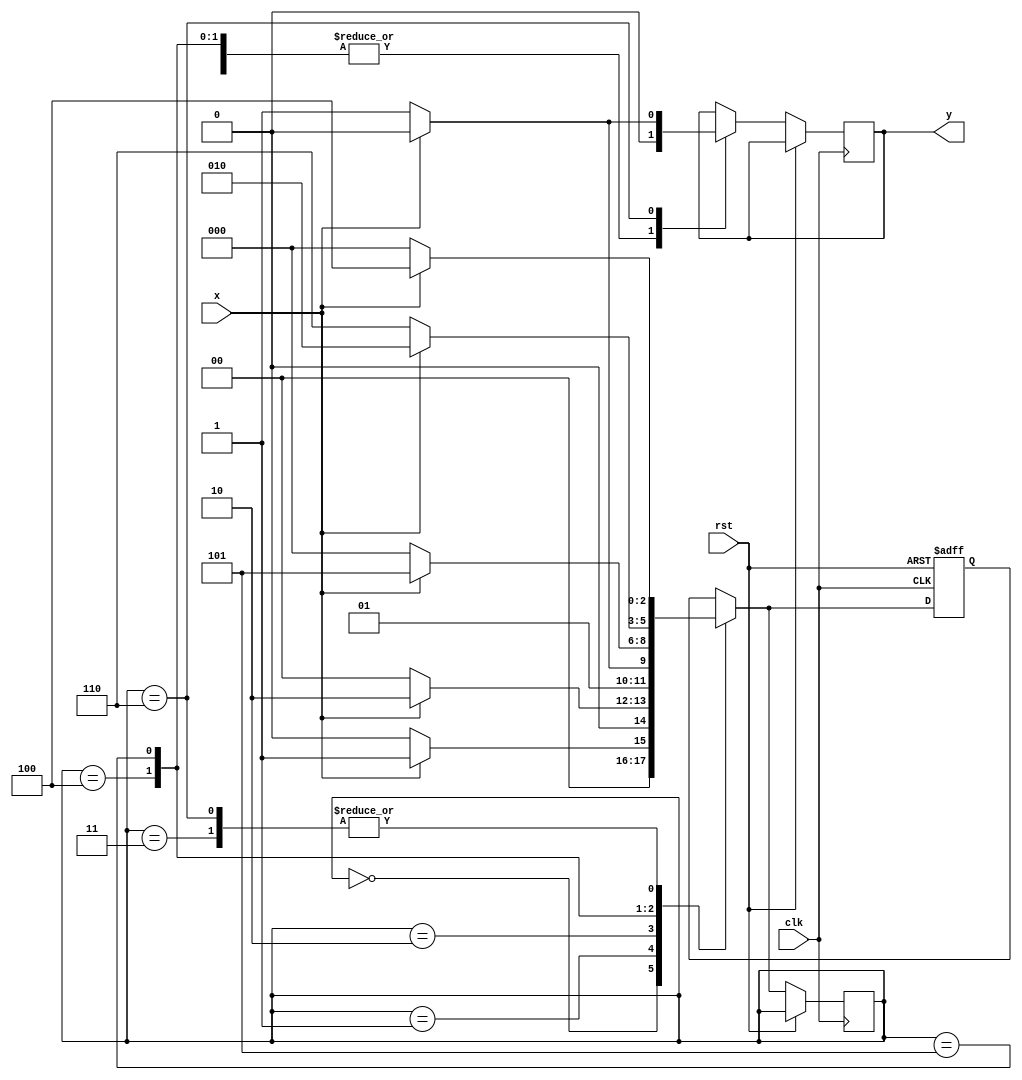
`timescale 1ns / 1ps
//////////////////////////////////////////////////////////////////////////////////
// Company: 
// Engineer: 
// 
// Design Name: 
// Module Name:    Sequence_Detecto_3 
// Project Name: 
// Target Devices: 
// Tool versions: 
// Description: 
//
// Dependencies: 
//
// Revision: 
// Revision 0.01 - File Created
// Additional Comments: 
//
//////////////////////////////////////////////////////////////////////////////////
module Sequence_Detector_2(input x , clk , rst,output reg y);
parameter A = 3'b000;
parameter B = 3'b001;
parameter C = 3'b010;
parameter D = 3'b011;
parameter E = 3'b100;
parameter F = 3'b101;
parameter G = 3'b110;
parameter H = 3'b111;
reg [2:0]p,n;
always @(posedge clk , posedge rst)
	begin 
		if(rst) n = A ; 
		else 
			begin 
				case({p})
					
					A : 
						begin 
						y = 0;
							if(x) n = B;
							else n = A;
						end
					B : 
						begin 
						y = 0;
							if(x) n = C;
							else n = A;
						end
					C : 
						begin 
						y = 0;
							if(x) n = C;
							else n = D;
						end
					D: 
						begin 
						y = 0;
							if(x) n = E;
							else n = A;
						end
					E : 
						begin 
						y = 0;
							if(x) n = F;
							else n = A;
						end
					F : 
						begin 
						y = 0;
							if(x) n = C;
							else n = G;
						end
					G : 
						begin 
						y = 0;
							if(x) n  = E;
							else begin n = A; y = 1'b1; end
						end
					endcase
					p = n;
				end
			end
endmodule